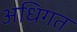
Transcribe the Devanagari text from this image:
अधिगत